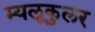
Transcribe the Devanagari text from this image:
म्यलूकुलर